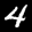
Label: 4